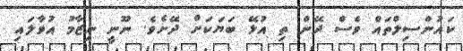
ކައުންސިލްތައް ވެސް ދޭން ތި އުޅޭ ބަޔަކަށް ދޭށެވެ. ނޫނީ ނިޒާމު އުވާލައި